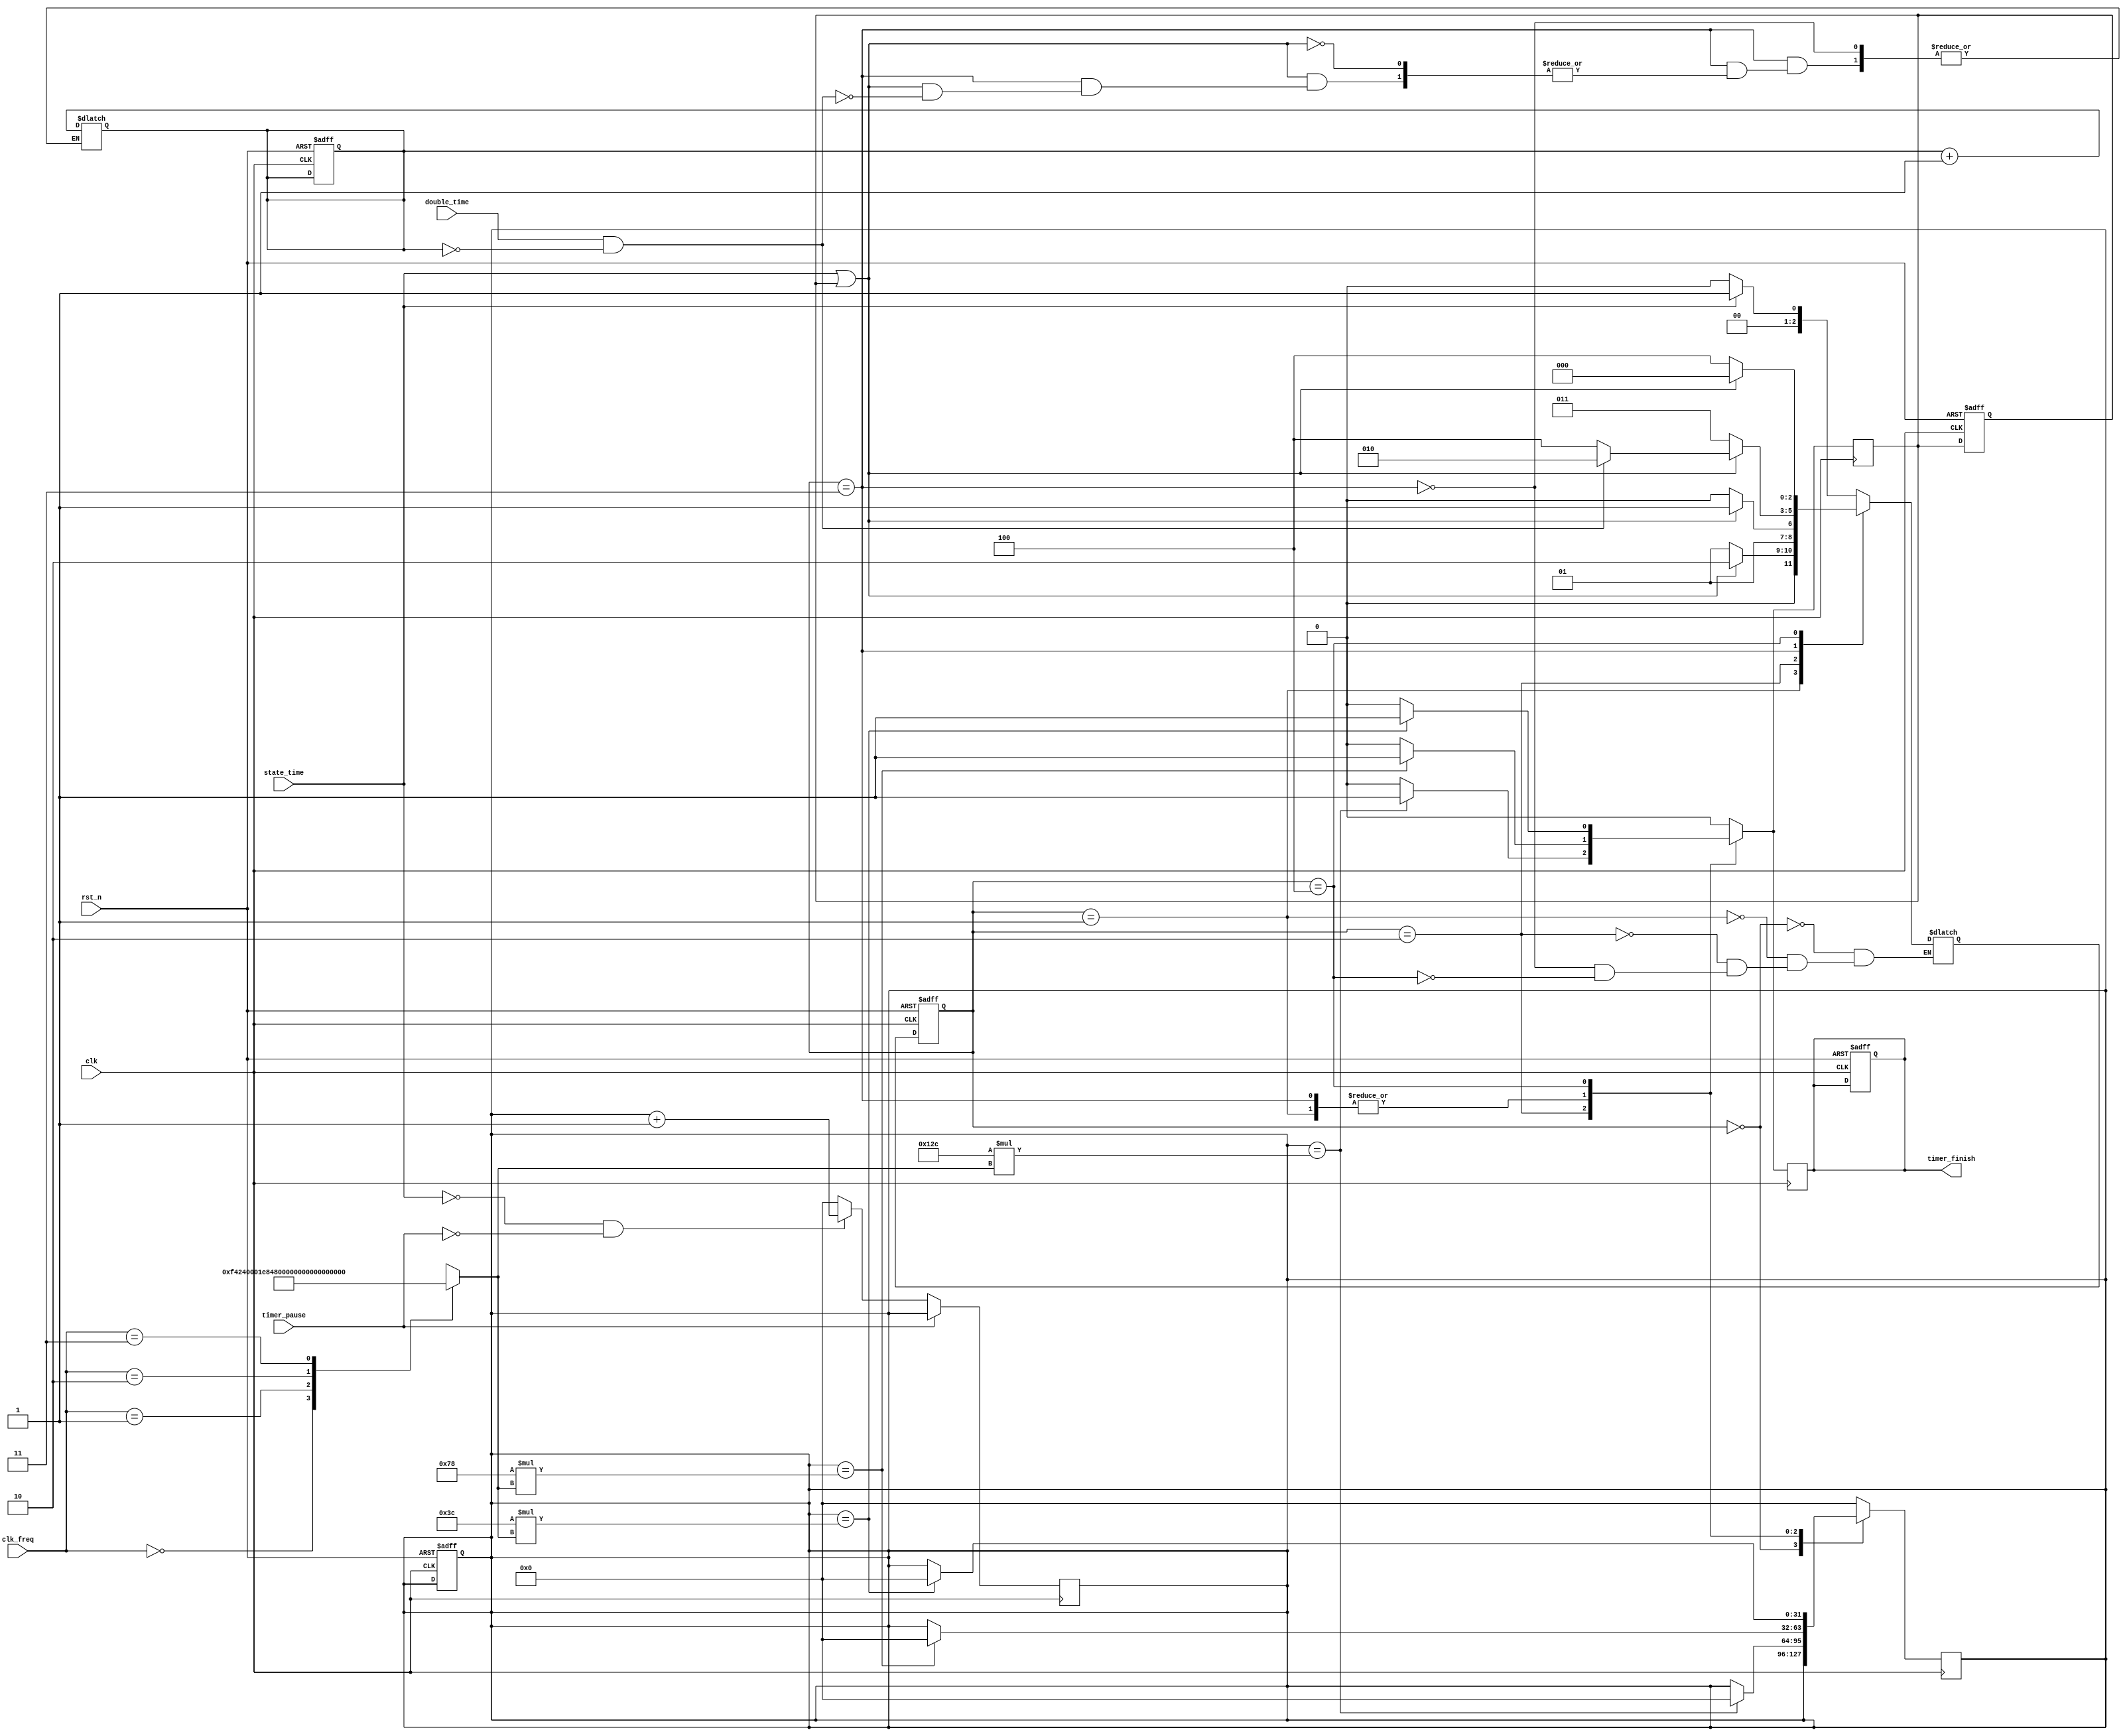
module timer (
input  wire             clk, timer_pause, state_time, double_time, rst_n,
input  wire      [1:0]  clk_freq,
output wire             timer_finish
);
reg  timer_finish_reg ;
reg  [31:0] clk_freq_reg;
reg  [31:0] counter;
assign timer_finish = timer_finish_reg;
reg [2:0] present_state, next_state;
reg counter_finish;
reg temp_counter;
reg count ;


always@(clk_freq)
begin
    case(clk_freq)
    2'b00:begin
        clk_freq_reg = 1000000;
          end
    2'b01:begin
        clk_freq_reg = 2000000;
          end
    2'b10:begin
        clk_freq_reg = 4000000;
          end
    2'b11:begin
        clk_freq_reg = 8000000;
          end
      
   
          
    endcase
end


// determining next state 
localparam A=3'b000, B=3'b001, C=3'b010,
           D=3'b011, E=3'b100;
/*********************************************************************************************************************************************************/

    always@(*)
    begin 

    case (present_state)

    A: if(state_time == 1)
      
      begin 
            next_state = B;

      end 
    else

    begin 
           next_state = A;

    end  

    B: if(state_time == 1 || counter_finish)
      
      begin 
            next_state = C;

      end 
    else

    begin 
             next_state = B;

    end  



    C:if(state_time == 1 || counter_finish)
      
      begin 
            next_state = D;

      end 
    else

    begin 

            next_state = C;
    end  



    D:if(state_time == 1 || counter_finish)
      
      begin 

           if(double_time==1 && count == 0)

           begin
          next_state = C ;
          count = count + 1;
           end 

           else 

           begin
           next_state = E;

           end 

      end 
    else

    begin 

            next_state = D;
    end  




    E:if(state_time == 1 || counter_finish)
      
      begin 
            next_state = A;

      end 
    else

    begin 
           next_state = E;


    end  

    endcase 



    end 

/******************************************************************************************************************************/
// counter_logic 


always @ (posedge clk , posedge timer_pause )

begin 


if(timer_pause)
begin 

counter <= counter ;

end 

else if (state_time == 0 && ! timer_pause )

begin 

counter <= counter + 1; 

end 

else 

begin 


counter <= 0; 


end 


end 

/******************************************************************************************************************************/

// transition register logic 

always @ (posedge clk, negedge rst_n )


begin 


if(!rst_n)

begin 

counter <=0 ; 
present_state <= A;
timer_finish_reg <=0;
counter_finish <=0;
timer_finish_reg <=0;
count <=0;

end


else 

begin 

present_state <= next_state;


end 


end 


/**************************************************************************************** ***********************************************************************************/


// output logic 
always @(posedge clk)


begin


case (present_state)


A:  begin 
              counter_finish <= 0;
              timer_finish_reg  <= 0 ;
              end 





B: if(counter == 2*60*clk_freq_reg)

   begin 
    
    counter_finish <= 1;
    timer_finish_reg <=1;
    counter <= 0;

   end 

   else 

   begin


    counter_finish <=0;
    timer_finish_reg <=0 ;

   end 


C:

if(counter == 5*60*clk_freq_reg)

   begin 
    
    counter_finish  <=1;
    timer_finish_reg  <=1;
     counter  <=0;


   end 

   else 

   begin

    counter_finish  <=0;
    timer_finish_reg <=0 ;

   end 



D:

if(counter == 2*60*clk_freq_reg)

   begin 
    
    counter_finish <= 1;
    timer_finish_reg <=1;
     counter <= 0;


   end 

   else 

   begin

    counter_finish <=0;
    timer_finish_reg <=0 ;

   end 



E:


if(counter == 60*clk_freq_reg)

   begin 
    
    counter_finish <=1;

    timer_finish_reg <=1;
     counter  <=0;


   end 

   else 

   begin

    counter_finish <=0;
    timer_finish_reg <=0 ;

   end 




default: 
              begin 
              counter_finish <=0;
              timer_finish_reg <=0 ;
               counter <= 0;
              end 



endcase 

end

endmodule